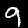
Label: 9